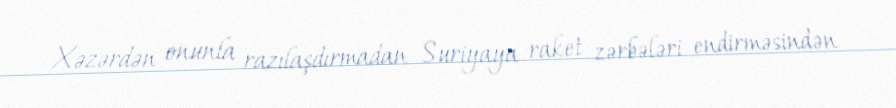
Xəzərdən onunla razılaşdırmadan Suriyaya raket zərbələri endirməsindən